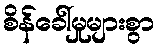
စိန်ခေါ်မှုများစွာ